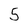
Character: 5